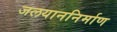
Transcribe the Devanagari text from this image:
जलयाननिर्माण